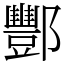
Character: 酆